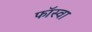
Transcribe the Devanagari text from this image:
फॉस्वा